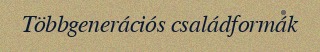
Többgenerációs családformák